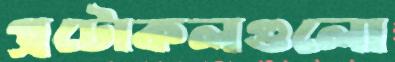
প্রটোকলগুলো